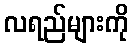
လရည်များကို